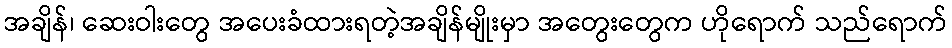
အချိန်၊ ဆေးဝါးတွေ အပေးခံထားရတဲ့အချိန်မျိုးမှာ အတွေးတွေက ဟိုရောက် သည်ရောက်